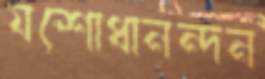
যশোধানন্দন